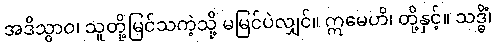
အဒိသွာဝ၊ သူတို့မြင်သကဲ့သို့ မမြင်ပဲလျှင်။ ဣမေဟိ၊ တို့နှင့်။ သဒ္ဓိံ၊